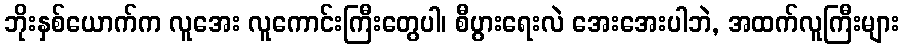
ဘိုးနှစ်ယောက်က လူအေး လူကောင်းကြီးတွေပါ၊ စီပွားရေးလဲ အေးအေးပါဘဲ, အထက်လူကြီးများ